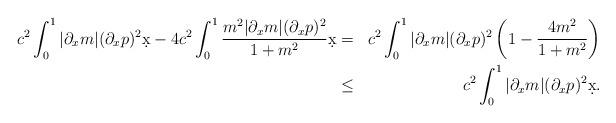
LaTeX: \begin{align*} c^2 \int_0^1 |\partial_x m|(\partial_x p)^2 \d x - 4c^2 \int_0^1 \frac{m^2 |\partial_x m| (\partial_x p)^2}{1+m^2} \d x &=& c^2 \int_0^1 |\partial_x m| (\partial_x p)^2 \left( 1 - \frac{4m^2}{1+m^2}\right) \\ &\leq& c^2 \int_0^1 |\partial_x m| (\partial_x p)^2 \d x. \end{align*}